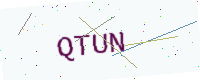
Text: QTUN